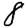
Digit: 8